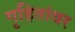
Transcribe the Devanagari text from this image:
गृहितांवर